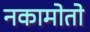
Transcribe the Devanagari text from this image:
नकामोतो